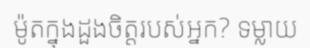
ម៉ូតក្នុងដួងចិត្តរបស់អ្នក? ទម្លាយ